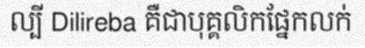
ល្បី Dilireba គឺជាបុគ្គលិកផ្នែកលក់